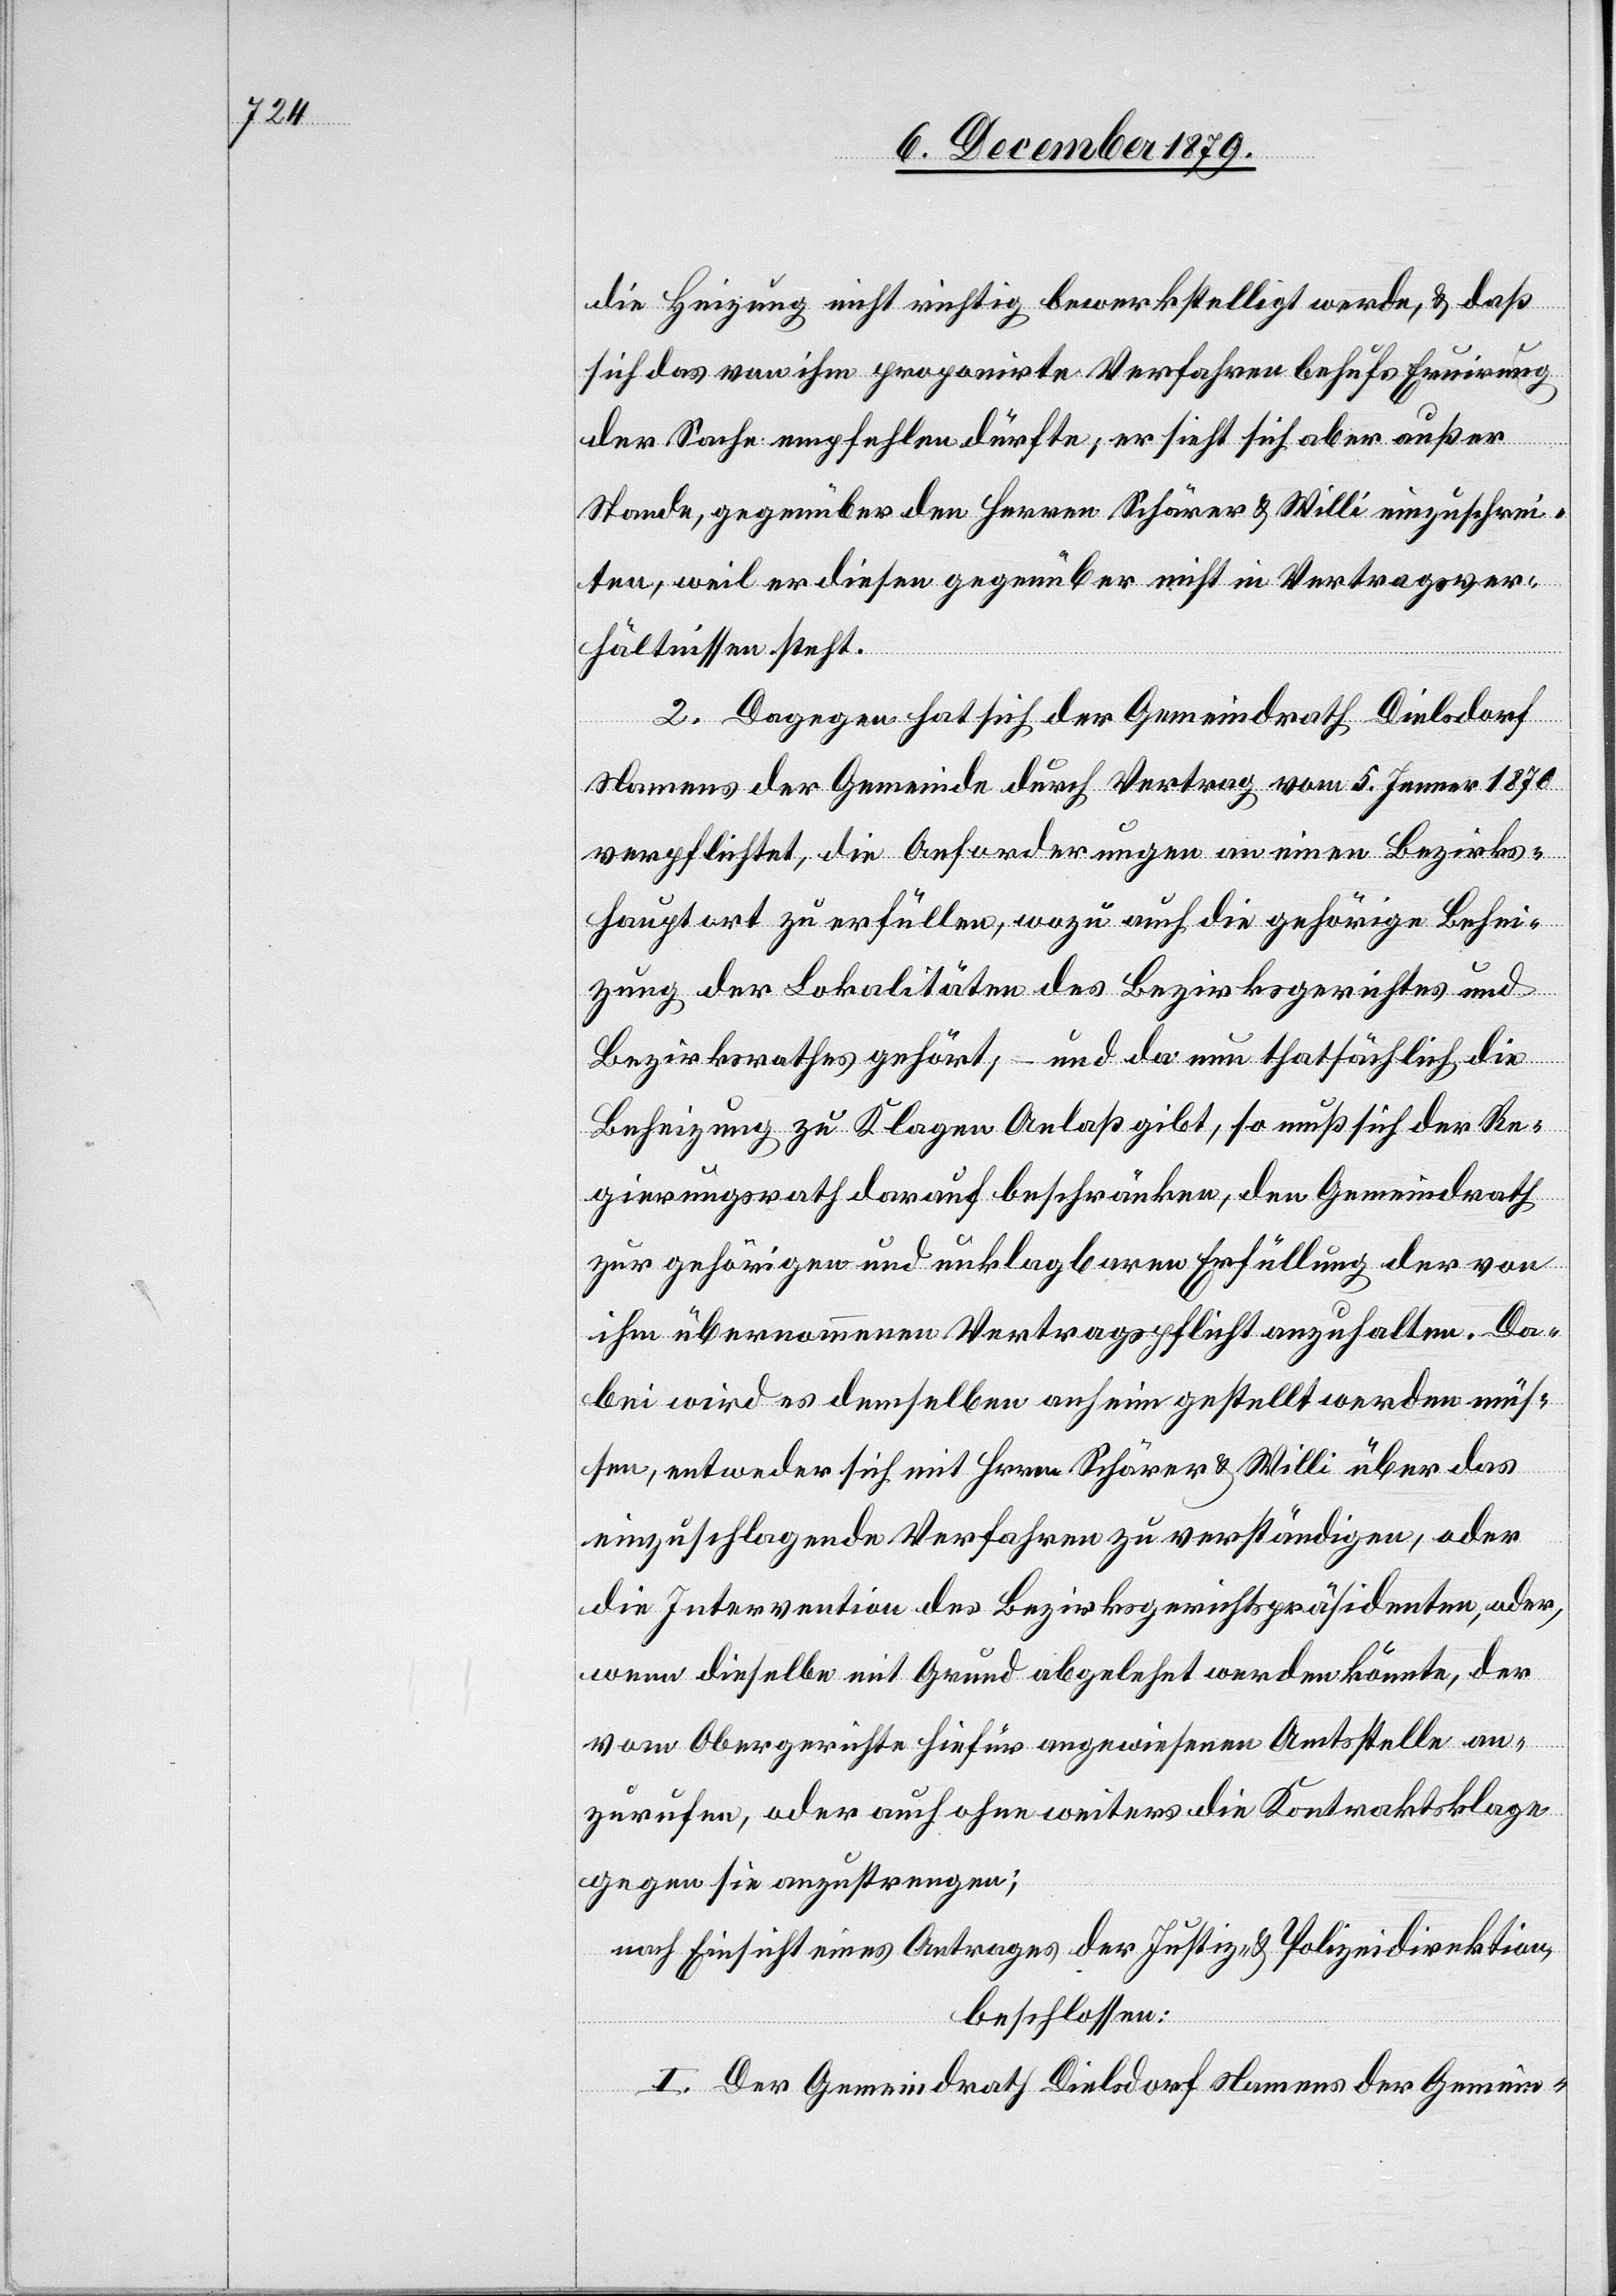
die Heizung nicht richtig bewerkstelligt werde, & daß
sich das von ihm proponirte Verfahren behufs Eruirung
der Sache empfehlen dürfte, er sieht sich aber außer
Stande, gegenüber den Herren Schärer & Willi einzuschrei¬
ten, weil er diesen gegenüber nicht in Vertragsver¬
hältnissen steht.
2. Dagegen hat sich der Gemeindrath Dielsdorf
Namens der Gemeinde durch Vertrag vom 5. Jenner 1870
verpflichtet, die Anforderungen an einen Bezirks¬
hauptort zu erfüllen, wozu auch die gehörige Behei¬
zung der Lokalitäten des Bezirksgerichtes und
Bezirksrathes gehört, – und da nun thatsächlich die
Beheizung zu Klagen Anlaß gibt, so muß sich der Re¬
gierungsrath darauf beschränken, den Gemeindrath
zur gehörigen und unklagbaren Erfüllung der von
ihm übernommenen Vertragspflicht anzuhalten. Da¬
bei wird es derselben anheim gestellt werden müs¬
sen, entweder sich mit Herrn Schärer & Willi über das
einzuschlagende Verfahren zu verständigen, oder
die Intervention des Bezirksgerichtspräsidenten, oder,
wenn dieselbe mit Grund abgelehnt werden könnte, der
vom Obergerichte hiefür angewiesenen Amtsstelle an¬
zurufen, oder auch ohne weiteres die Kontraktsklage
gegen sie anzustrengen;
nach Einsicht eines Antrages der Justiz & Polizeidirektion,
beschlossen:
I. Der Gemeindrath Dielsdorf Namens der Gemein-